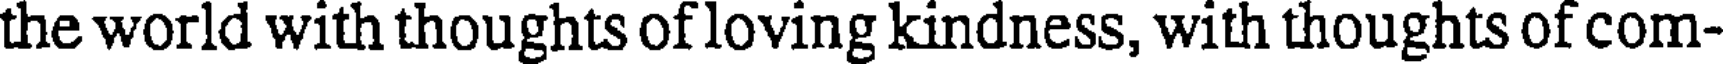
the world with thoughts of loving kindness, with thoughts of com-